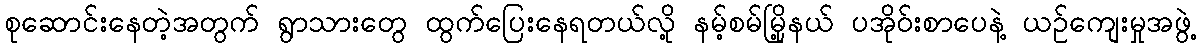
စုဆောင်းနေတဲ့အတွက် ရွာသားတွေ ထွက်ပြေးနေရတယ်လို့ နမ့်စမ်မြို့နယ် ပအိုဝ်းစာပေနဲ့ ယဉ်ကျေးမှုအဖွဲ့